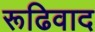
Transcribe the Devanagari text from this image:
रूढिवाद